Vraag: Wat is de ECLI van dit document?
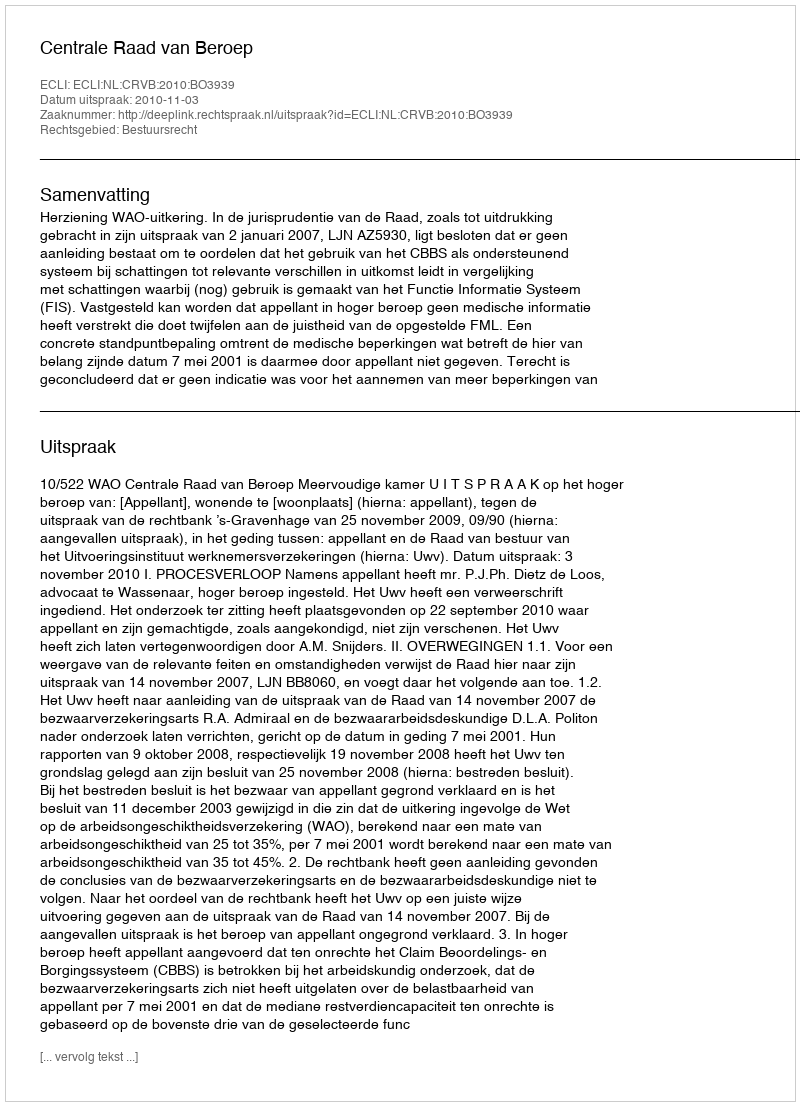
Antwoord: ECLI:NL:CRVB:2010:BO3939